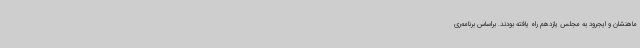
ماهنشان و ایجرود به مجلس یازدهم راه یافته بودند. براساس برنامه‌ری